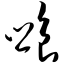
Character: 飨